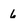
Character: 6